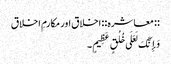
:: معاشره :: اخلاق اور مکارمِ اخلاق
وَإِنَّکَ لَعَلَی خُلُقٍ عَظِیمٍ۔